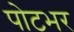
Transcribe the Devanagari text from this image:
पोटभर